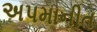
અપમાનીત